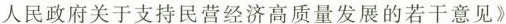
人民政府关于支持民营经济高质量发展的若干意见》